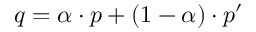
q = \alpha \cdot p + ( 1 - \alpha ) \cdot p ^ { \prime }